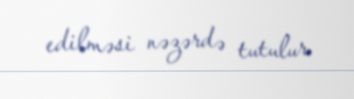
edilməsi nəzərdə tutulur.